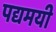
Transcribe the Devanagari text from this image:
पद्यमयी